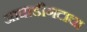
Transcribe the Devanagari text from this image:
आघाडीगटाचा